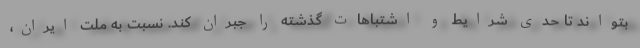
بتواند تا حدی شرایط و اشتباهات گذشته را جبران کند. نسبت به ملت ایران،